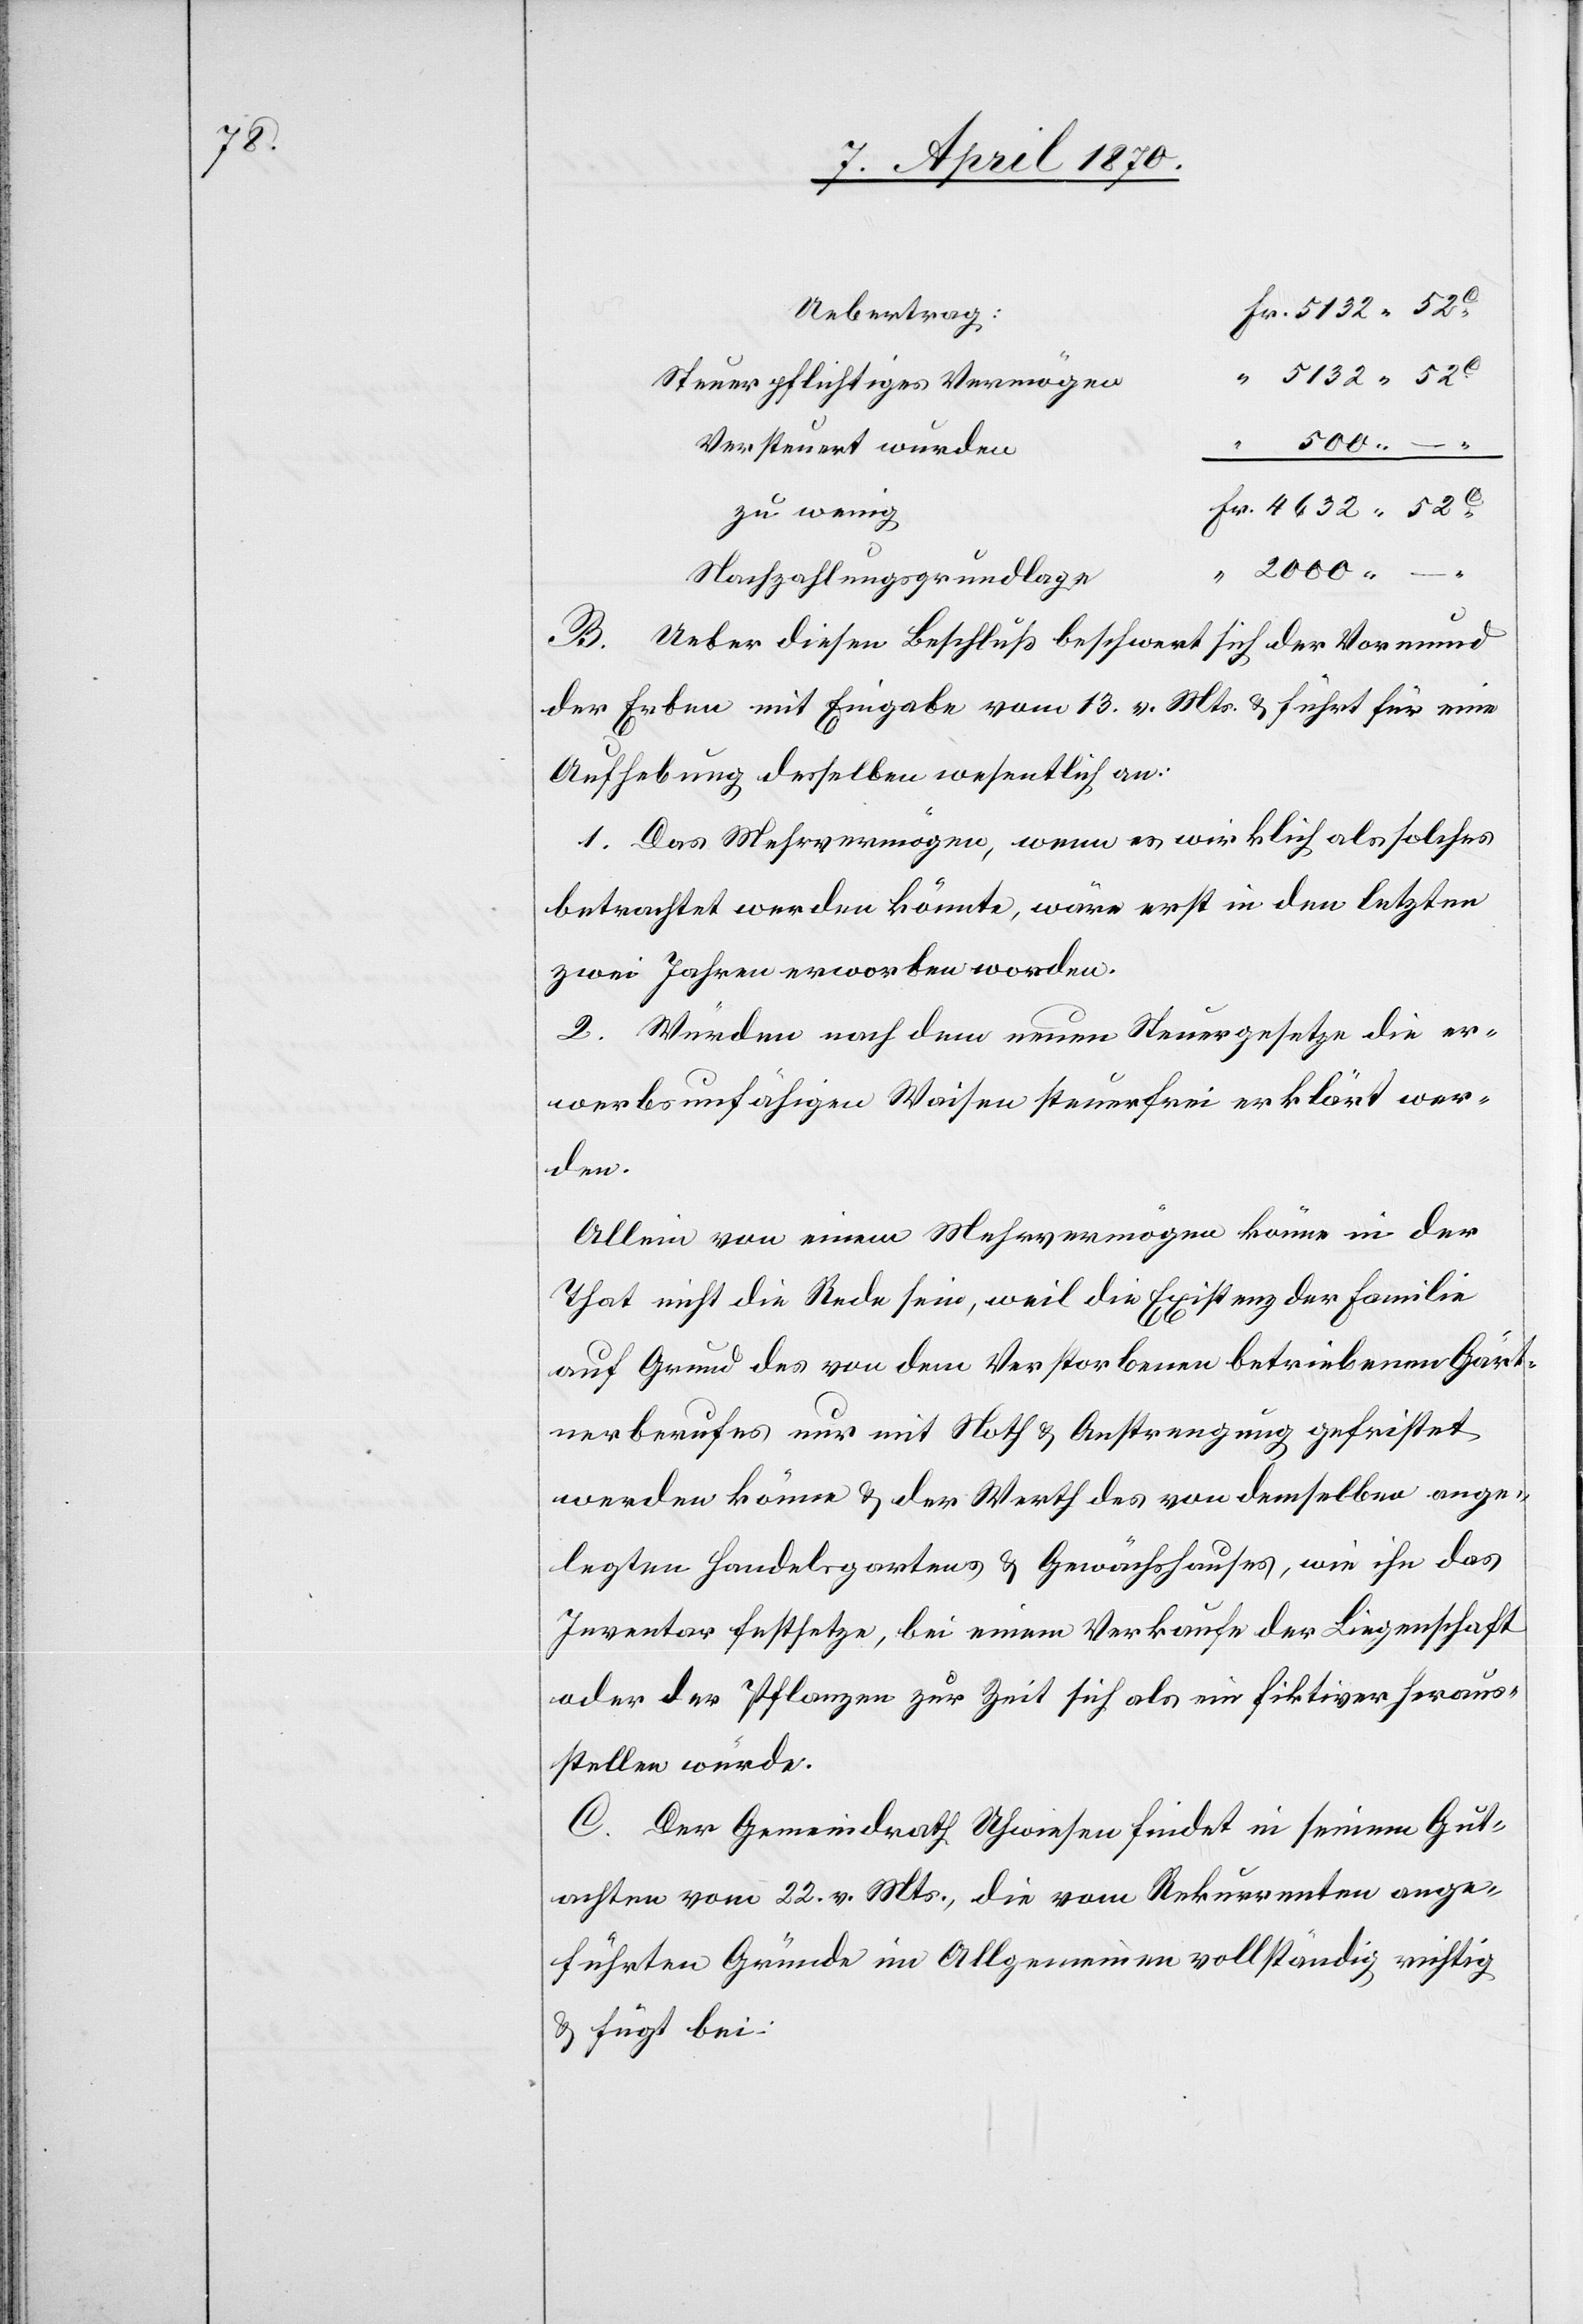
Uebertrag:
5132.52
Steuerpflichtiges Vermögen
2000. –
“
Versteuert wurden
zu wenig
Nachzahlungsgrundlage
B. Ueber diesen Beschluß beschwert sich der Vormund
der Erben mit Eingabe vom 13. vor. Mts. & führt für eine
Aufhebung desselben wesentlich an:
1. Das Mehrvermögen, wenn es wirklich als solches
betrachtet werden könnte, wäre erst in den letzten
zwei Jahren erworben worden.
2. Würden nach dem neuen Steuergesetze die er¬
werbsunfähigen Waisen steuerfrei erklärt wer¬
den.
Allein von einem Mehrvermögen könne in der
That nicht die Rede sein, weil die Existenz der Familie
auf Grund des von dem Verstorbenen betriebenen Gärt¬
nerberufes nur mit Noth & Anstrengung gefristet
werden könne & der Werth des von demselben ange¬
legten Handelsgartens & Gewächshauses, wie ihn das
Inventar festsetze, bei einem Verkaufe der Liegenschaft
oder der Pflanze zur Zeit sich als ein fiktiver heraus¬
stellen würde.
C. Der Gemeindrath Uhwiesen findet in seinem Gut¬
achten vom 22. vor. Mts., die vom Rekurrenten ange¬
führten Gründe im allgemeinen vollständig richtig
& fügt bei: